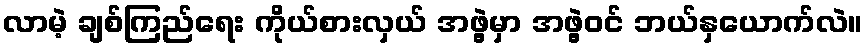
လာမဲ့ ချစ်ကြည်ရေး ကိုယ်စားလှယ် အဖွဲ့မှာ အဖွဲ့ဝင် ဘယ်နှယောက်လဲ။